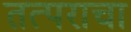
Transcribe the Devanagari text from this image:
तत्पराचा